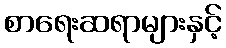
စာရေးဆရာများနှင့်